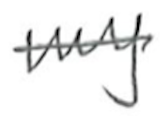
Text: my
Cross-out: mix
Writing tool: pencil